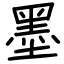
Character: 墨